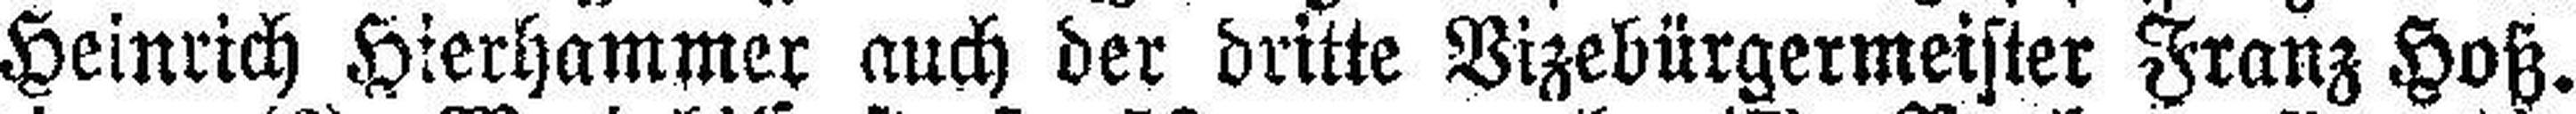
Heinrich Hierhammer auch der dritte Vizebürgermeister Franz Hoß.